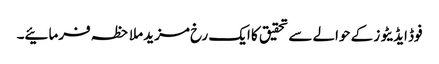
فوڈ ایڈیٹوز کے حوالے سے تحقیق کا ایک رخ مزید ملاحظہ فرمائیے۔